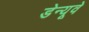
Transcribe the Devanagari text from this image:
डेन्यूवे